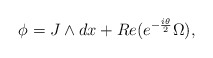
\begin{align*}\phi=J\wedge dx +Re(e^{-{i\theta\over2}}\Omega),\end{align*}